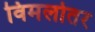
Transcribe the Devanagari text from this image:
विमलोतर